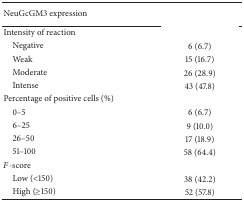
<table><thead><tr><td><b>NeuGcGM3 expression</b></td><td>[EMPTY_CELL]</td></tr></thead><tbody><tr><td>Intensity of reaction</td><td>[EMPTY_CELL]</td></tr><tr><td> Negative </td><td>6 (6.7)</td></tr><tr><td> Weak </td><td>15 (16.7)</td></tr><tr><td> Moderate </td><td>26 (28.9)</td></tr><tr><td> Intense </td><td>43 (47.8)</td></tr><tr><td>Percentage of positive cells (%)</td><td>[EMPTY_CELL]</td></tr><tr><td> 0–5</td><td>6 (6.7)</td></tr><tr><td> 6–25</td><td>9 (10.0)</td></tr><tr><td> 26–50</td><td>17 (18.9)</td></tr><tr><td> 51–100</td><td>58 (64.4)</td></tr><tr><td><i>F</i>-score</td><td>[EMPTY_CELL]</td></tr><tr><td> Low (&lt;150)</td><td>38 (42.2)</td></tr><tr><td> High (≥150)</td><td>52 (57.8)</td></tr></tbody></table>